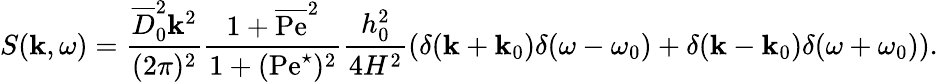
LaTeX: S(\mathbf{k},\omega)=\frac{{\overline{{{D}}}_{0}^{2}\mathbf{k}^{2}}}{{(2\pi)^{2}}}\frac{{1+\overline{{{\mathrm{{Pe}}}}}^{2}}}{{1+(\mathrm{{Pe}}^{\star})^{2}}}\frac{{h_{0}^{2}}}{{4H^{2}}}\left(\delta(\mathbf{k}+\mathbf{k}_{0})\delta(\omega-\omega_{0})+\delta(\mathbf{k}-\mathbf{k}_{0})\delta(\omega+\omega_{0})\right).